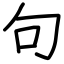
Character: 句